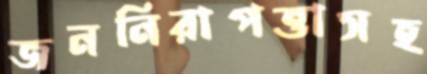
জননিরাপত্তাসহ